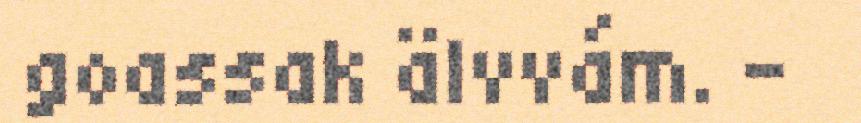
goassak älvvám. –